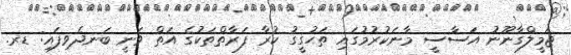
ޖަމީލްގާނޫނު އަސާސީ މާނަކުރުމުގައި ތަހުގީގު ކުރާ ފަރާތްތަކުގެ އަތް ވަނީ ބަނދެވިފައި: ޑރ.